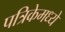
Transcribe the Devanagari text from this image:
पत्रिकेमध्ये